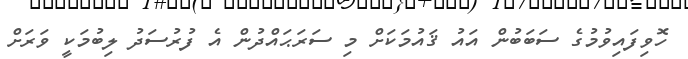
ހޮވިފައިވުމުގެ ސަބަބުން އައު ޤައުމަކަށް މި ސަރަޙައްދުން އެ ފުރުސަދު ލިބުމަކީ ވަރަށް